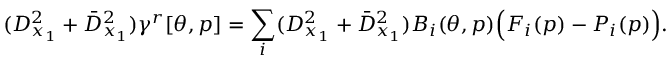
( D _ { x _ { 1 } } ^ { 2 } + \bar { D } _ { x _ { 1 } } ^ { 2 } ) \gamma ^ { r } [ \theta , p ] = \sum _ { i } ( D _ { x _ { 1 } } ^ { 2 } + \bar { D } _ { x _ { 1 } } ^ { 2 } ) B _ { i } ( \theta , p ) \Big ( F _ { i } ( p ) - P _ { i } ( p ) \Big ) .